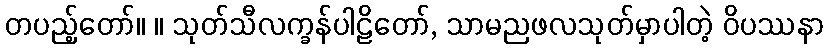
တပည့်တော်။ ။ သုတ်သီလက္ခန်ပါဠိတော်, သာမညဖလသုတ်မှာပါတဲ့ ဝိပဿနာ